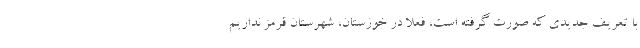
با تعریف جدیدی که صورت گرفته است، فعلا در خوزستان، شهرستان قرمز نداریم